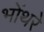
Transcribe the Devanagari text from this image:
भोंथरे